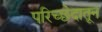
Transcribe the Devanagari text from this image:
परिच्छेदातून